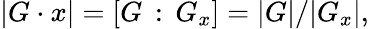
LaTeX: |G\cdot x|=[G\, :\, G_{x}]=|G|/|G_{x}|,